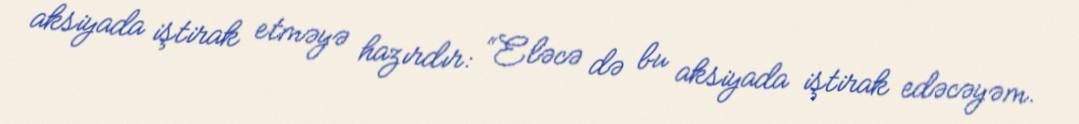
aksiyada iştirak etməyə hazırdır: “Eləcə də bu aksiyada iştirak edəcəyəm.